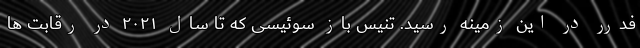
فدرر در این زمینه رسید. تنیس باز سوئیسی که تا سال ۲۰۲۱ در رقابت ها